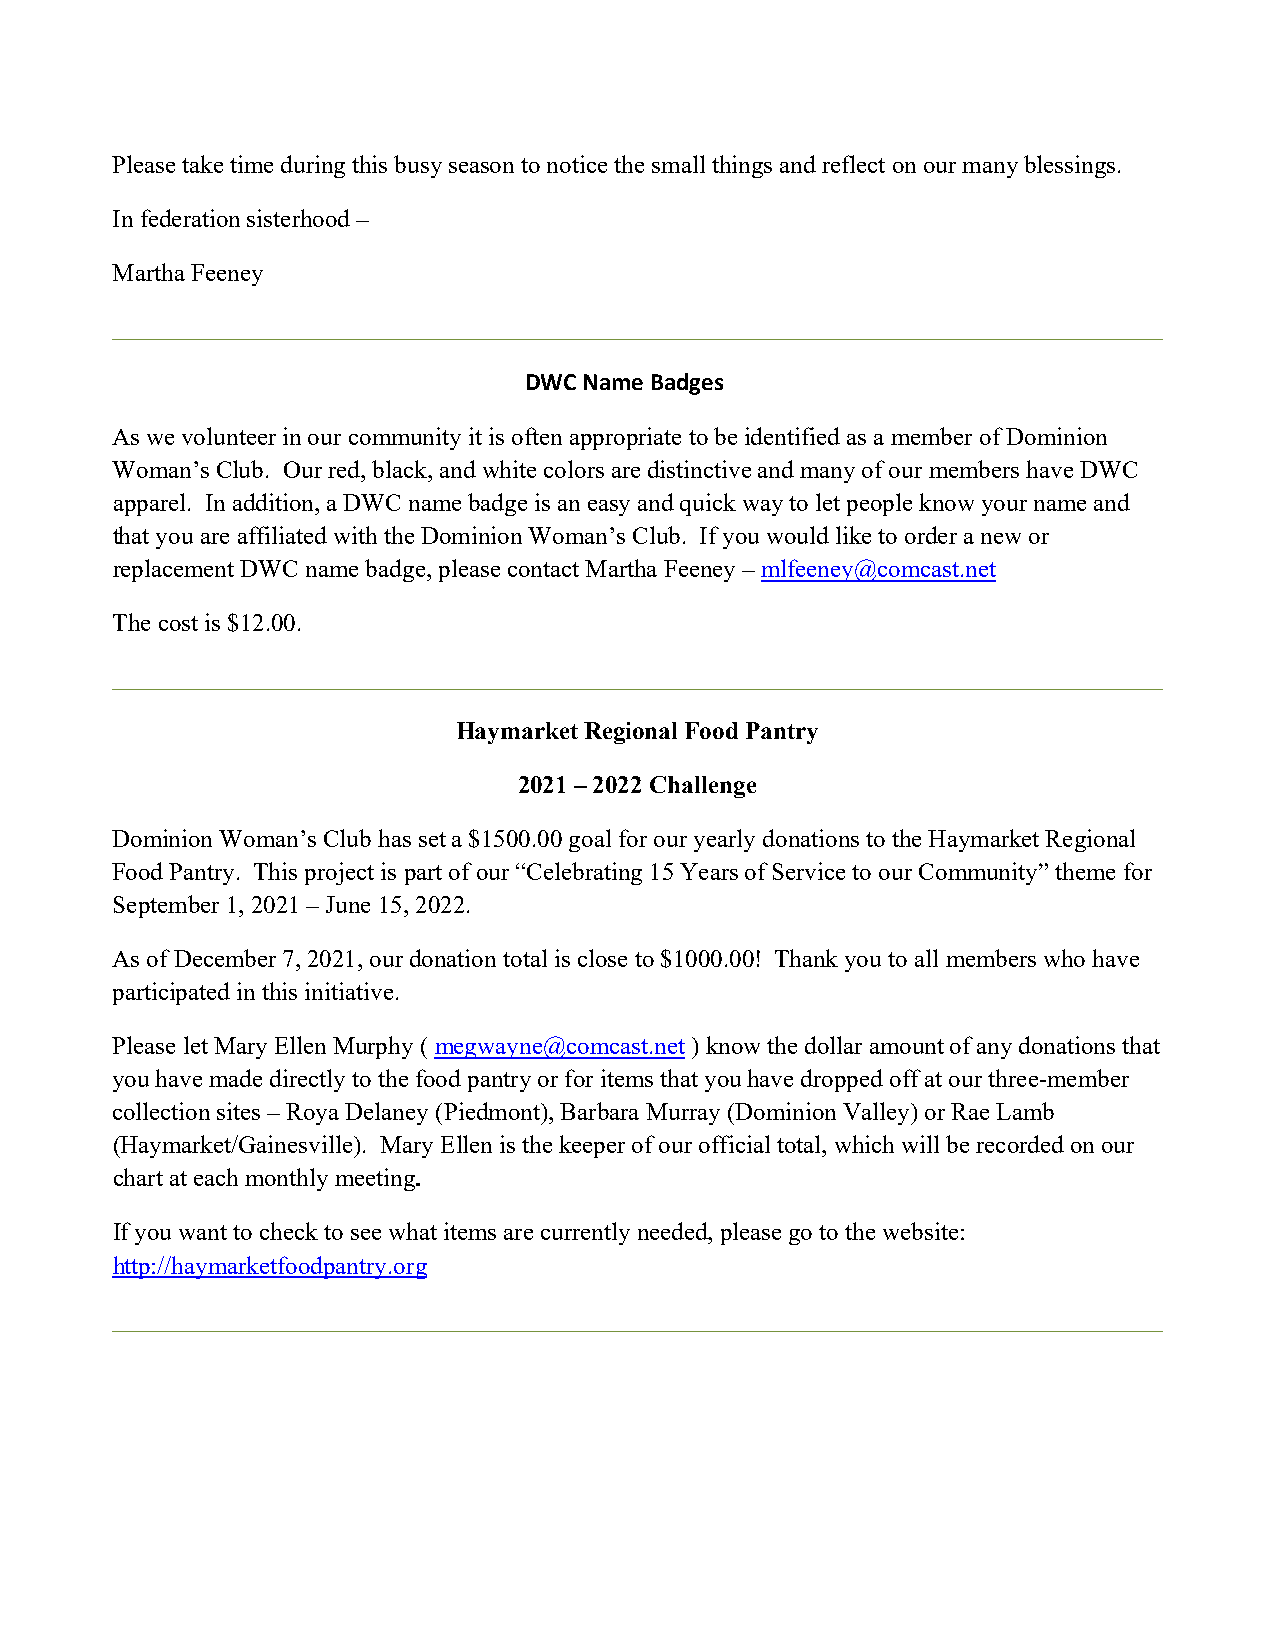
Please take time during this busy season to notice the small things and reflect on our many blessings.
 In federation sisterhood –
 Martha Feeney
 ____________________________________________________________________________________
 DWC Name Badges
 As we volunteer in our community it is often appropriate to be identified as a member of Dominion
 Woman’s Club. Our red, black, and white colors are distinctive and many of our members have DWC
 apparel. In addition, a DWC name badge is an easy and quick way to let people know your name and
 that you are affiliated with the Dominion Woman’s Club. If you would like to order a new or
 replacement DWC name badge, please contact Martha Feeney – mlfeeney@comcast.net
 The cost is $12.00.
 ____________________________________________________________________________________
 Haymarket Regional Food Pantry
 2021 – 2022 Challenge
 Dominion Woman’s Club has set a $1500.00 goal for our yearly donations to the Haymarket Regional
 Food Pantry. This project is part of our “Celebrating 15 Years of Service to our Community” theme for
 September 1, 2021 – June 15, 2022.
 As of December 7, 2021, our donation total is close to $1000.00! Thank you to all members who have
 participated in this initiative.
 Please let Mary Ellen Murphy ( megwayne@comcast.net ) know the dollar amount of any donations that
 you have made directly to the food pantry or for items that you have dropped off at our three-member
 collection sites – Roya Delaney (Piedmont), Barbara Murray (Dominion Valley) or Rae Lamb
 (Haymarket/Gainesville). Mary Ellen is the keeper of our official total, which will be recorded on our
 chart at each monthly meeting.
 If you want to check to see what items are currently needed, please go to the website:
 http://haymarketfoodpantry.org
 ____________________________________________________________________________________